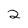
Character: 2